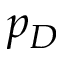
p _ { D }